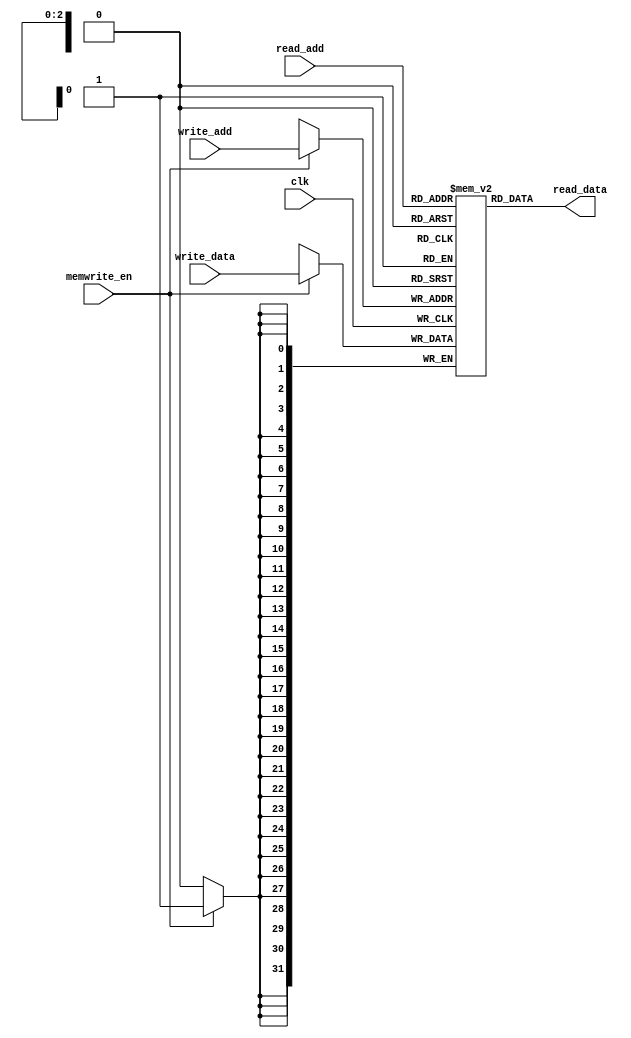
/* 
-- Arish Alreja: ECE 4902 Special Problems Spring 2006
-- School of Electrical & Computer Engineering
-- Georgia Institute of Technology
-- Atlanta, GA 30332
--
-- 64 point FFT Processor 
--		
-- memory module */

module memory(
       clk,
       read_add, 
       write_add, 
       read_data, 
       write_data, 
       memwrite_en);
    
    input clk;
    input memwrite_en;
    input  [02:00] read_add;
    input  [02:00] write_add;
    input  [31:00] write_data;
    output [31:00] read_data;
    
    reg    [31:0] memory[07:00];
    
always @(posedge clk)
begin
   if (memwrite_en == 1)
   begin
      memory[write_add] <= write_data;
   end
 end
 
assign  read_data =  memory[read_add];
 
endmodule